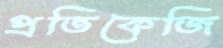
প্রতিকেজি